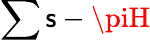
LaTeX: \sum\mathsf{s}-\piH